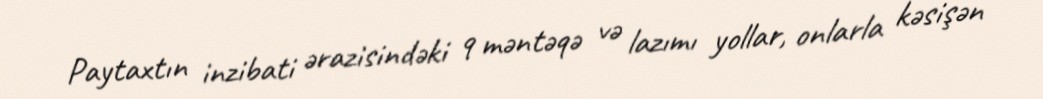
Paytaxtın inzibati ərazisindəki 9 məntəqə və lazımı yollar, onlarla kəsişən